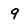
Character: 9